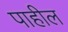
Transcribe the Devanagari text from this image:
पाहील